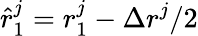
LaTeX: \hat{r}_{1}^{j}=r_{1}^{j}-\Delta r^{j}/2